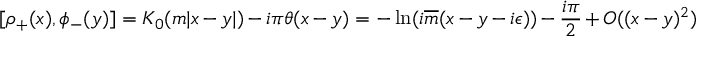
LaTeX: [ \rho _ { + } ( x ) , \phi _ { - } ( y ) ] = K _ { 0 } ( m | x - y | ) - i \pi \theta ( x - y ) = - \ln ( i \overline { { { m } } } ( x - y - i \epsilon ) ) - \frac { i \pi } { 2 } + O ( ( x - y ) ^ { 2 } ) \,